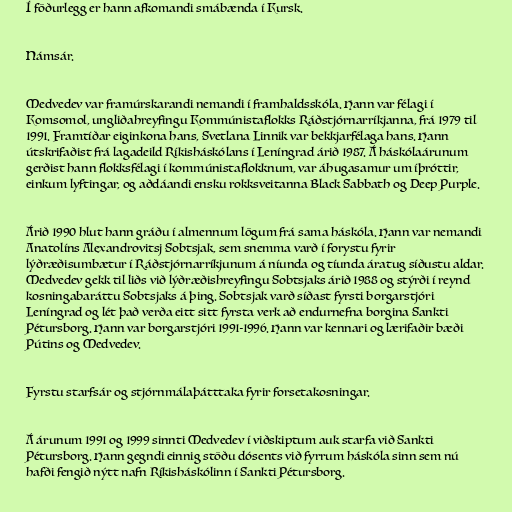
Í föðurlegg er hann afkomandi smábænda í Kursk.

Námsár.

Medvedev var framúrskarandi nemandi í framhaldsskóla. Hann var félagi í
Komsomol, ungliðahreyfingu Kommúnistaflokks Ráðstjórnarríkjanna, frá 1979 til
1991. Framtíðar eiginkona hans, Svetlana Linnik var bekkjarfélaga hans. Hann
útskrifaðist frá lagadeild Ríkisháskólans í Leníngrad árið 1987. Á háskólaárunum
gerðist hann flokksfélagi í kommúnistaflokknum, var áhugasamur um íþróttir,
einkum lyftingar, og aðdáandi ensku rokksveitanna Black Sabbath og Deep Purple.

Árið 1990 hlut hann gráðu í almennum lögum frá sama háskóla. Hann var nemandi
Anatolíns Alexandrovitsj Sobtsjak, sem snemma varð í forystu fyrir
lýðræðisumbætur í Ráðstjórnarríkjunum á níunda og tíunda áratug síðustu aldar.
Medvedev gekk til liðs við lýðræðishreyfingu Sobtsjaks árið 1988 og stýrði í reynd
kosningabaráttu Sobtsjaks á þing. Sobtsjak varð síðast fyrsti borgarstjóri
Leníngrad og lét það verða eitt sitt fyrsta verk að endurnefna borgina Sankti
Pétursborg. Hann var borgarstjóri 1991-1996. Hann var kennari og lærifaðir bæði
Pútins og Medvedev.

Fyrstu starfsár og stjórnmálaþátttaka fyrir forsetakosningar.

Á árunum 1991 og 1999 sinnti Medvedev í viðskiptum auk starfa við Sankti
Pétursborg. Hann gegndi einnig stöðu dósents við fyrrum háskóla sinn sem nú
hafði fengið nýtt nafn Ríkisháskólinn í Sankti Pétursborg.